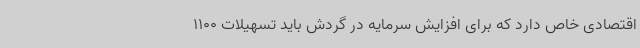
اقتصادی خاص دارد که برای افزایش سرمایه در گردش باید تسهیلات 1100